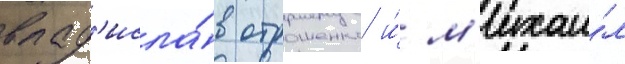
влад'исла́в отрошенко и́ м'ихаи́л